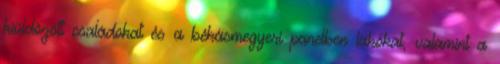
kiüldözött családokat és a békásmegyeri panelben lakókat, valamint a